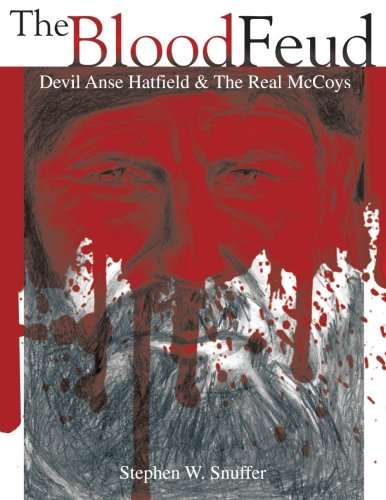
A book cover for The Blood Feud: Devil Anse Hatfield & The Real McCoys; Stephen W. Snuffer; History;